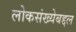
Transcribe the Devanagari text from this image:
लोकसंख्येबद्दल